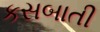
કસબાતી